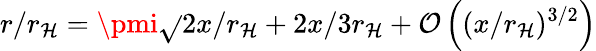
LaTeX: r/r_{\mathcal{H}}=\pmi\sqrt{}{{2x/r_{\mathcal{H}}}}+2x/3r_{\mathcal{H}}+{\mathcal{O}}\left((x/r_{\mathcal{H}})^{3/2}\right)